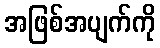
အဖြစ်အပျက်ကို